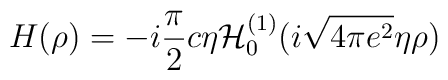
H(\rho )=-i\frac{\pi }{2}c\eta {\cal H}_{0}^{(1)}(i\sqrt{4\pi e^{2}}\eta\rho )